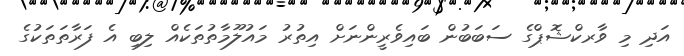
އަދި މި ވާރކްޝޮޕްގެ ސަބަބުން ބައިވެރީންނަށް އިތުރު މައުލޫމާތުތަކެއް ލިބި އެ ފަރާތަތަކުގެ